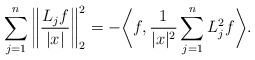
\begin{align*}\sum_{j=1}^n \bigg\|\frac{L_j f}{|x|} \bigg\|_{2}^2 & = - \bigg\langle f , \frac{1}{|x|^2} \sum_{j=1}^n L_j^2 f \bigg\rangle.\end{align*}